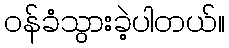
ဝန်ခံသွားခဲ့ပါတယ်။